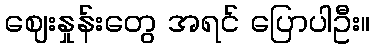
ဈေးနှုန်းတွေ အရင် ပြောပါဦး။